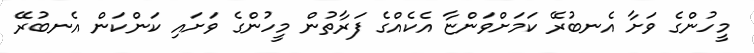
މީހުންގެ ވަށާ އެނބުރޭ ކަމަށްވަންޏާ އެކެއްގެ ފަރާތުން މީހުންގެ ވަށައި ކަންކަން އެނބުރޭ